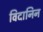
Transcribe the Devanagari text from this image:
विदानिन